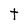
Character: t